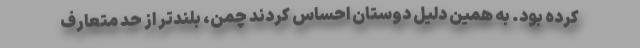
کرده بود. به همین دلیل دوستان احساس کردند چمن، بلندتر از حد متعارف